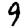
Digit: 9